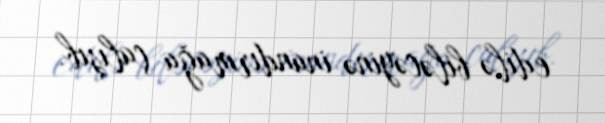
edilə biləcəyinə inandırmağa çalışıb.